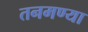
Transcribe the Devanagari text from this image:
तनमण्या